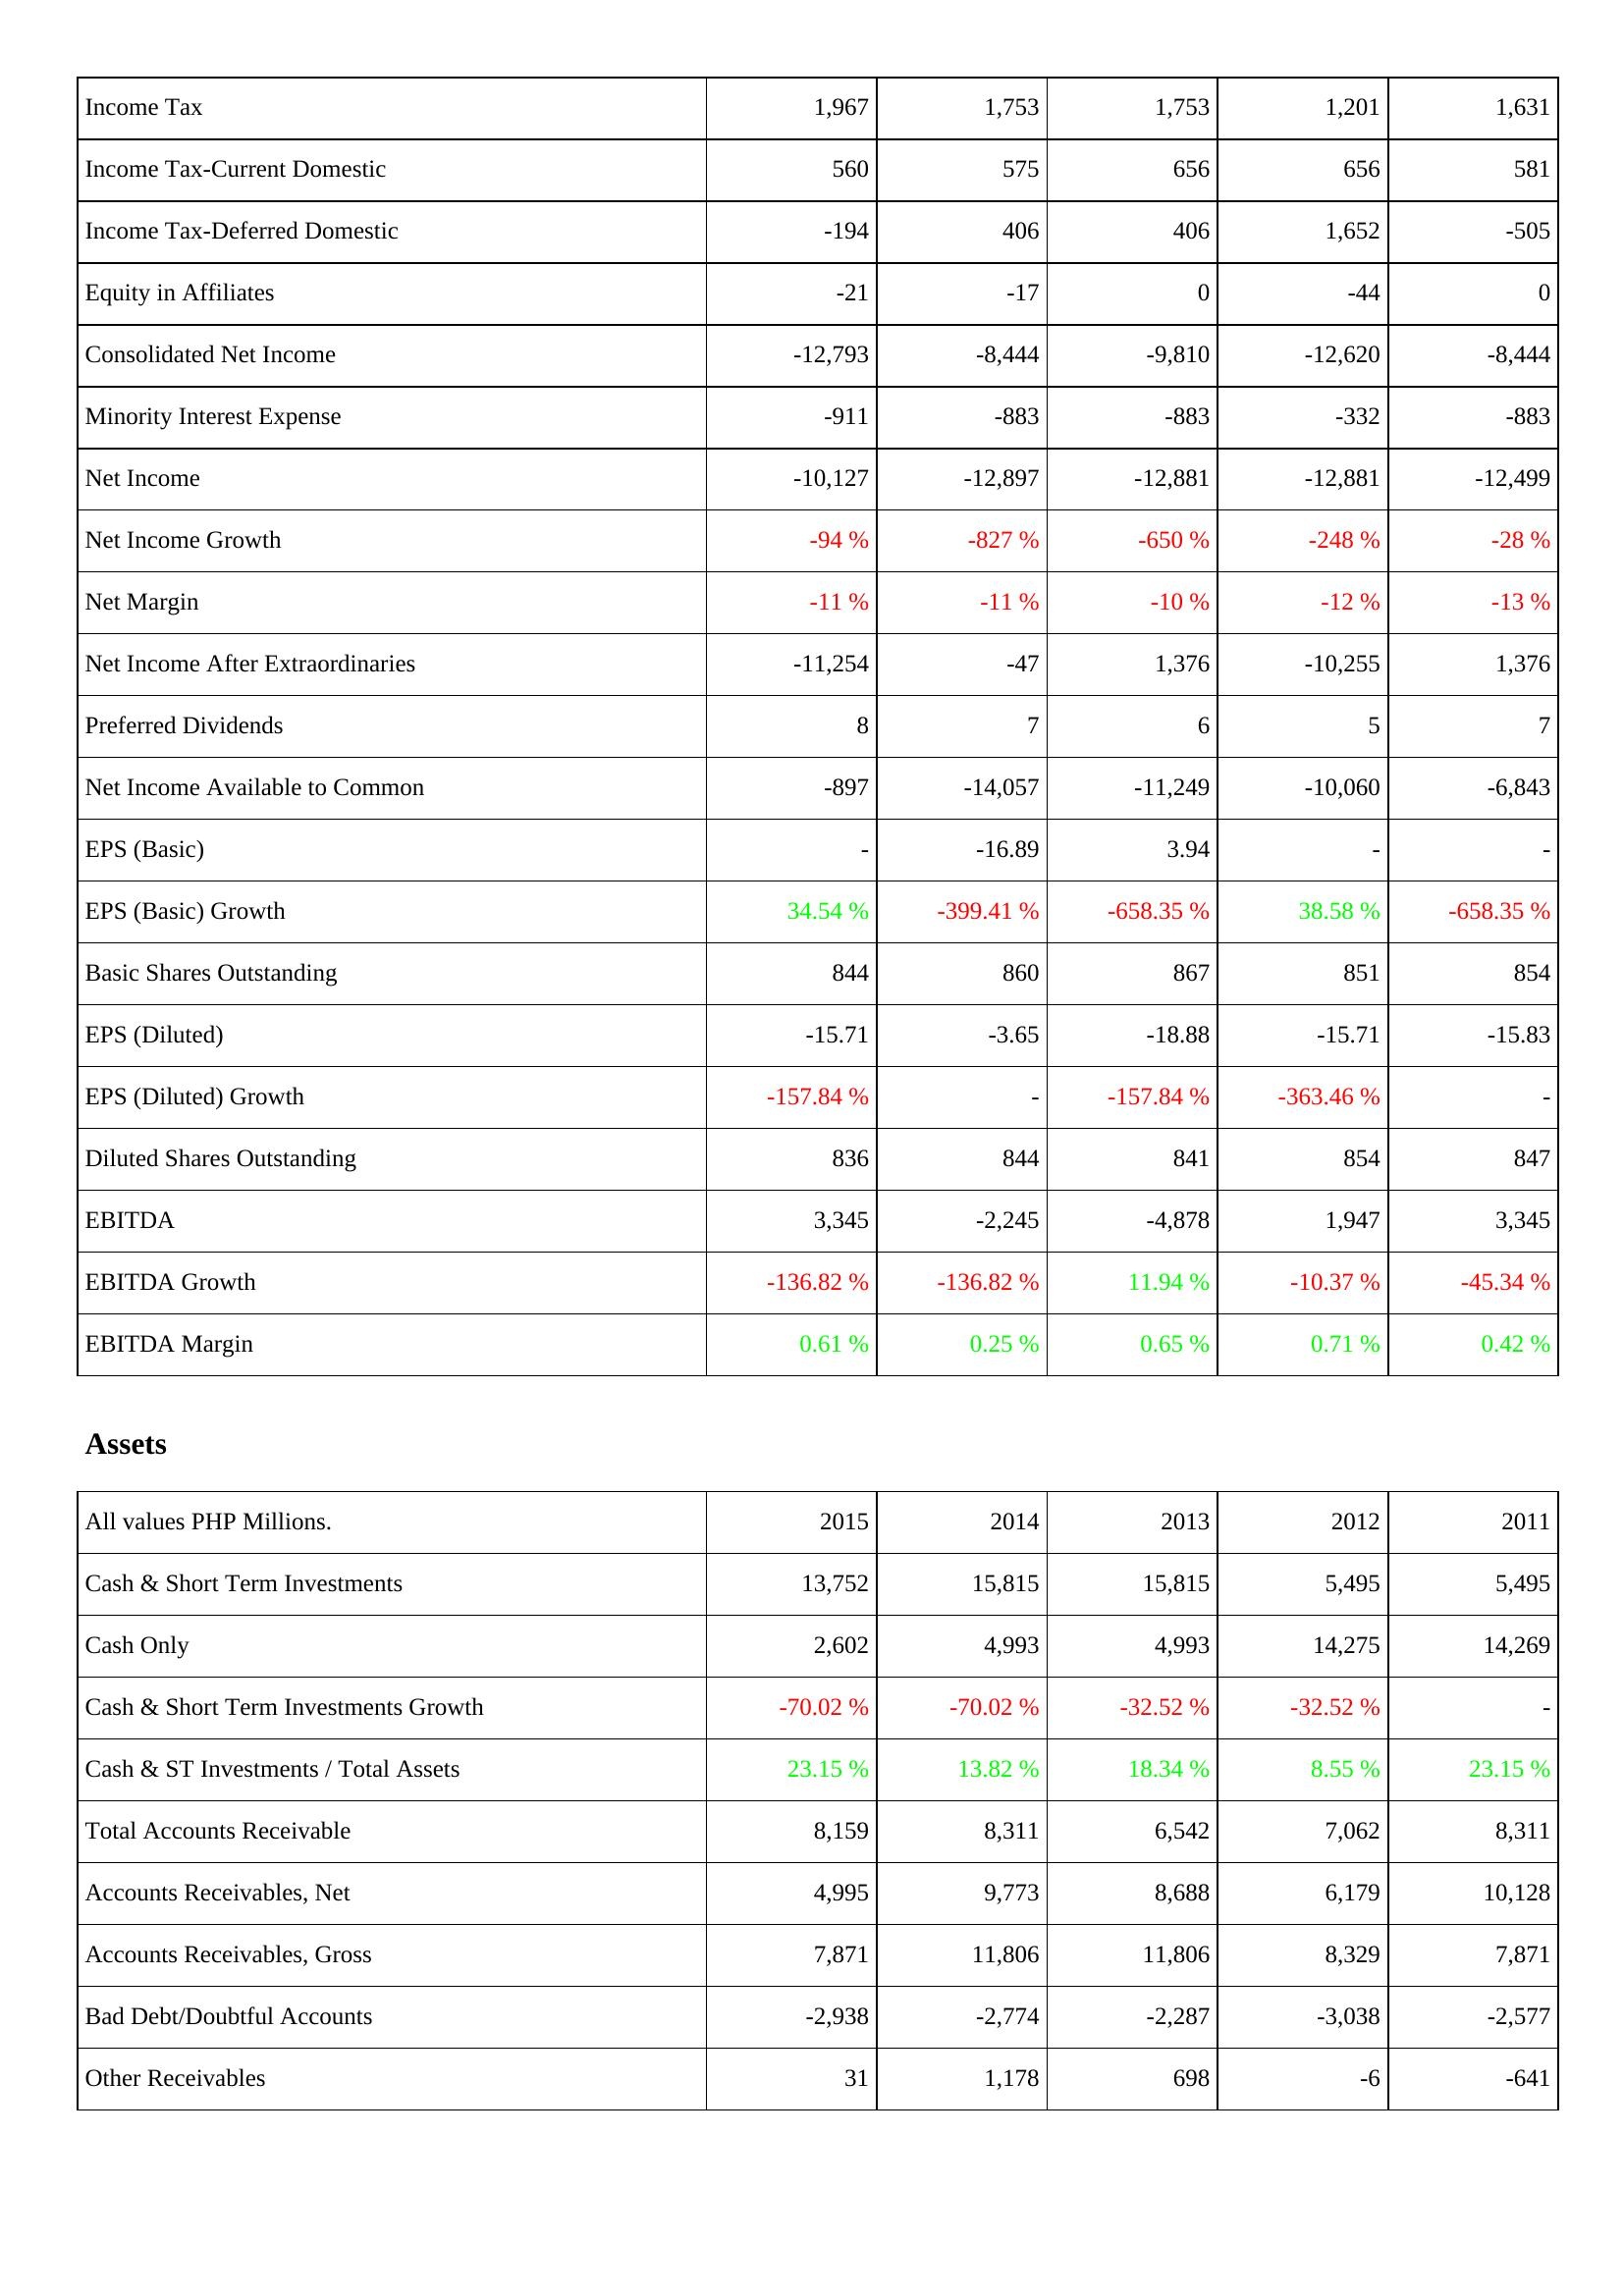
2015: Income Statement: Income Tax: 1,967
Income Tax-Current Domestic: 560
Income Tax-Deferred Domestic: -194
Equity in Affiliates: -21
Consolidated Net Income: -12,793
Minority Interest Expense: -911
Net Income: -10,127
Net Income Growth: -94 %
Net Margin: -11 %
Net Income After Extraordinaries: -11,254
Preferred Dividends: 8
Net Income Available to Common: -897
EPS (Basic): -
EPS (Basic) Growth: 34.54 %
Basic Shares Outstanding: 844
EPS (Diluted): -15.71
EPS (Diluted) Growth: -157.84 %
Diluted Shares Outstanding: 836
EBITDA: 3,345
EBITDA Growth: -136.82 %
EBITDA Margin: 0.61 %
Assets: Cash & Short Term Investments: 13,752
Cash Only: 2,602
Cash & Short Term Investments Growth: -70.02 %
Cash & ST Investments / Total Assets: 23.15 %
Total Accounts Receivable: 8,159
Accounts Receivables, Net: 4,995
Accounts Receivables, Gross: 7,871
Bad Debt/Doubtful Accounts: -2,938
Other Receivables: 31
2014: Income Statement: Income Tax: 1,753
Income Tax-Current Domestic: 575
Income Tax-Deferred Domestic: 406
Equity in Affiliates: -17
Consolidated Net Income: -8,444
Minority Interest Expense: -883
Net Income: -12,897
Net Income Growth: -827 %
Net Margin: -11 %
Net Income After Extraordinaries: -47
Preferred Dividends: 7
Net Income Available to Common: -14,057
EPS (Basic): -16.89
EPS (Basic) Growth: -399.41 %
Basic Shares Outstanding: 860
EPS (Diluted): -3.65
EPS (Diluted) Growth: -
Diluted Shares Outstanding: 844
EBITDA: -2,245
EBITDA Growth: -136.82 %
EBITDA Margin: 0.25 %
Assets: Cash & Short Term Investments: 15,815
Cash Only: 4,993
Cash & Short Term Investments Growth: -70.02 %
Cash & ST Investments / Total Assets: 13.82 %
Total Accounts Receivable: 8,311
Accounts Receivables, Net: 9,773
Accounts Receivables, Gross: 11,806
Bad Debt/Doubtful Accounts: -2,774
Other Receivables: 1,178
2013: Income Statement: Income Tax: 1,753
Income Tax-Current Domestic: 656
Income Tax-Deferred Domestic: 406
Equity in Affiliates: 0
Consolidated Net Income: -9,810
Minority Interest Expense: -883
Net Income: -12,881
Net Income Growth: -650 %
Net Margin: -10 %
Net Income After Extraordinaries: 1,376
Preferred Dividends: 6
Net Income Available to Common: -11,249
EPS (Basic): 3.94
EPS (Basic) Growth: -658.35 %
Basic Shares Outstanding: 867
EPS (Diluted): -18.88
EPS (Diluted) Growth: -157.84 %
Diluted Shares Outstanding: 841
EBITDA: -4,878
EBITDA Growth: 11.94 %
EBITDA Margin: 0.65 %
Assets: Cash & Short Term Investments: 15,815
Cash Only: 4,993
Cash & Short Term Investments Growth: -32.52 %
Cash & ST Investments / Total Assets: 18.34 %
Total Accounts Receivable: 6,542
Accounts Receivables, Net: 8,688
Accounts Receivables, Gross: 11,806
Bad Debt/Doubtful Accounts: -2,287
Other Receivables: 698
2012: Income Statement: Income Tax: 1,201
Income Tax-Current Domestic: 656
Income Tax-Deferred Domestic: 1,652
Equity in Affiliates: -44
Consolidated Net Income: -12,620
Minority Interest Expense: -332
Net Income: -12,881
Net Income Growth: -248 %
Net Margin: -12 %
Net Income After Extraordinaries: -10,255
Preferred Dividends: 5
Net Income Available to Common: -10,060
EPS (Basic): -
EPS (Basic) Growth: 38.58 %
Basic Shares Outstanding: 851
EPS (Diluted): -15.71
EPS (Diluted) Growth: -363.46 %
Diluted Shares Outstanding: 854
EBITDA: 1,947
EBITDA Growth: -10.37 %
EBITDA Margin: 0.71 %
Assets: Cash & Short Term Investments: 5,495
Cash Only: 14,275
Cash & Short Term Investments Growth: -32.52 %
Cash & ST Investments / Total Assets: 8.55 %
Total Accounts Receivable: 7,062
Accounts Receivables, Net: 6,179
Accounts Receivables, Gross: 8,329
Bad Debt/Doubtful Accounts: -3,038
Other Receivables: -6
2011: Income Statement: Income Tax: 1,631
Income Tax-Current Domestic: 581
Income Tax-Deferred Domestic: -505
Equity in Affiliates: 0
Consolidated Net Income: -8,444
Minority Interest Expense: -883
Net Income: -12,499
Net Income Growth: -28 %
Net Margin: -13 %
Net Income After Extraordinaries: 1,376
Preferred Dividends: 7
Net Income Available to Common: -6,843
EPS (Basic): -
EPS (Basic) Growth: -658.35 %
Basic Shares Outstanding: 854
EPS (Diluted): -15.83
EPS (Diluted) Growth: -
Diluted Shares Outstanding: 847
EBITDA: 3,345
EBITDA Growth: -45.34 %
EBITDA Margin: 0.42 %
Assets: Cash & Short Term Investments: 5,495
Cash Only: 14,269
Cash & Short Term Investments Growth: -
Cash & ST Investments / Total Assets: 23.15 %
Total Accounts Receivable: 8,311
Accounts Receivables, Net: 10,128
Accounts Receivables, Gross: 7,871
Bad Debt/Doubtful Accounts: -2,577
Other Receivables: -641